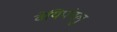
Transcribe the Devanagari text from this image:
वेयिपंगलु